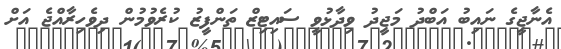
އެނާޖީގެ ނައިބު އަބްދު މަޖީދު ވިދާޅުވީ ސައިޓިޒް ތަންފީޒު ކުރެވުމުން ދިވެހިރާއްޖެ އަށް